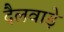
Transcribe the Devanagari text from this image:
दैलवाड़े